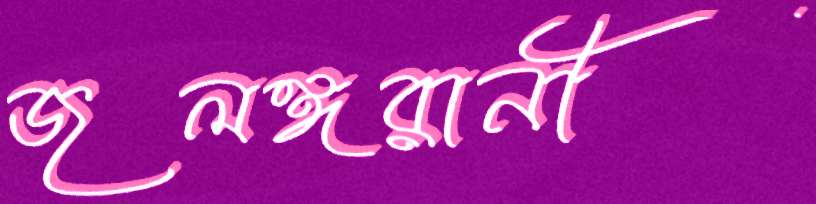
জলঙ্গরানী